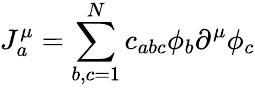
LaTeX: J_{a}^{\mu}=\sum_{b,c=1}^{N}c_{abc}\phi_{b}\partial^{\mu}\phi_{c}